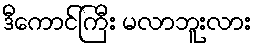
ဒီကောင်ကြီး မလာဘူးလား